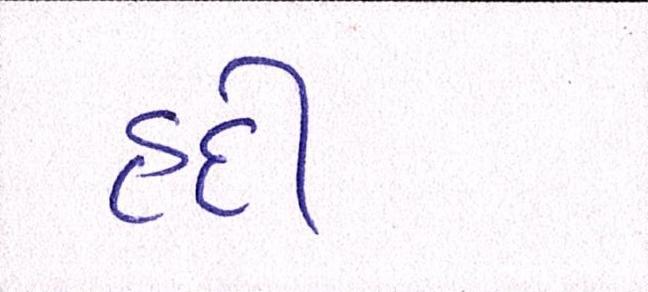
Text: હદી